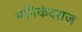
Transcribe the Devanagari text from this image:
मनिकंदराज